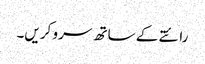
رائتے کے ساتھ سرو کریں۔